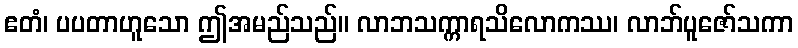
ဧတံ၊ ပပတာဟူသော ဤအမည်သည်။ လာဘသက္ကာရသိလောကဿ၊ လာဘ်ပူဇော်သကာ